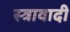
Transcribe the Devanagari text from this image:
स्त्रावादी